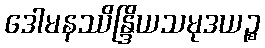
ဒေါမနဿိန္ဒြိယသမုဒယဉ္စ